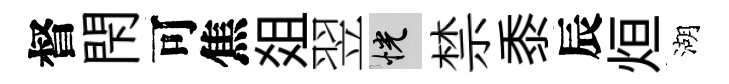
督閇可焦爼翌恍禁黍辰烜湖